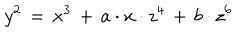
y ^ { 2 } \, = \, x ^ { 3 } \, + \, a \cdot x \cdot z ^ { 4 } \, + \, b \cdot z ^ { 6 }